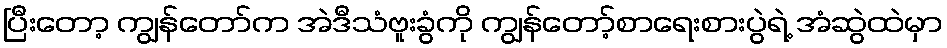
ပြီးတော့ ကျွန်တော်က အဲဒီသံဗူးခွံကို ကျွန်တော့်စာရေးစားပွဲရဲ့ အံဆွဲထဲမှာ